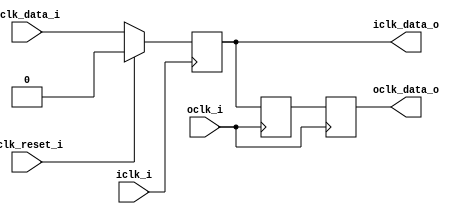
// This program was cloned from: https://github.com/NYU-MLDA/OpenABC
// License: BSD 3-Clause "New" or "Revised" License

module bsg_launch_sync_sync_posedge_1_unit
(
  iclk_i,
  iclk_reset_i,
  oclk_i,
  iclk_data_i,
  iclk_data_o,
  oclk_data_o
);

  input [0:0] iclk_data_i;
  output [0:0] iclk_data_o;
  output [0:0] oclk_data_o;
  input iclk_i;
  input iclk_reset_i;
  input oclk_i;
  wire [0:0] iclk_data_o,oclk_data_o,bsg_SYNC_1_r;
  wire N0,N1,N2,N3;
  reg iclk_data_o_0_sv2v_reg,bsg_SYNC_1_r_0_sv2v_reg,oclk_data_o_0_sv2v_reg;
  assign iclk_data_o[0] = iclk_data_o_0_sv2v_reg;
  assign bsg_SYNC_1_r[0] = bsg_SYNC_1_r_0_sv2v_reg;
  assign oclk_data_o[0] = oclk_data_o_0_sv2v_reg;

  always @(posedge iclk_i) begin
    if(1'b1) begin
      iclk_data_o_0_sv2v_reg <= N3;
    end 
  end


  always @(posedge oclk_i) begin
    if(1'b1) begin
      bsg_SYNC_1_r_0_sv2v_reg <= iclk_data_o[0];
    end 
  end


  always @(posedge oclk_i) begin
    if(1'b1) begin
      oclk_data_o_0_sv2v_reg <= bsg_SYNC_1_r[0];
    end 
  end

  assign N3 = (N0)? 1'b0 : 
              (N1)? iclk_data_i[0] : 1'b0;
  assign N0 = iclk_reset_i;
  assign N1 = N2;
  assign N2 = ~iclk_reset_i;

endmodule